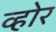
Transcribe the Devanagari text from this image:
व्होर